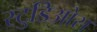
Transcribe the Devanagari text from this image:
स्टुडिओस